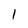
Character: 1